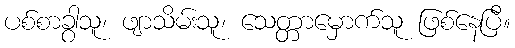
ပစ်စာခွာသူ၊ ဖျာသိမ်းသူ၊ သေတ္တာမှောက်သူ ဖြစ်နေပြီ။